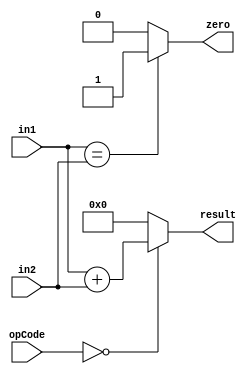
module alu (
	input signed [31:0] in1,
	input signed [31:0] in2, 
	input [5:0] opCode, 
	output signed [31:0] result, 
	output wire zero
);

	assign result = opCode == 0 ? in1 + in2 : 0;
	assign zero = (in1==in2) ? 1 : 0;



endmodule